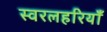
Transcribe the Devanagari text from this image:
स्वरलहरियाँ